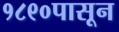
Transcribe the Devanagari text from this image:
१८९०पासून